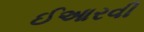
ઈઆરવી